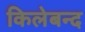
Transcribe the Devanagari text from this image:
किलेबन्द